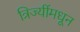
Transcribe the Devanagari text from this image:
त्रिज्यींमधून